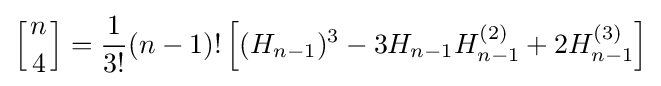
\left[{n \atop 4}\right]={\frac {1}{3!}}(n-1)!\left[(H_{n-1})^{3}-3H_{n-1}H_{n-1}^{(2)}+2H_{n-1}^{(3)}\right]